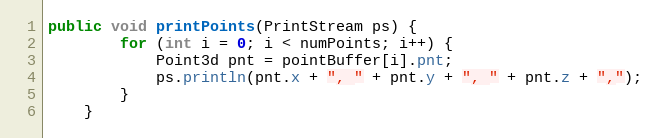
Language: Java
public void printPoints(PrintStream ps) {
        for (int i = 0; i < numPoints; i++) {
            Point3d pnt = pointBuffer[i].pnt;
            ps.println(pnt.x + ", " + pnt.y + ", " + pnt.z + ",");
        }
    }